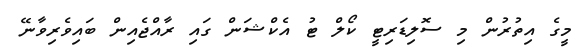
މީގެ އިތުރުން މި ސޮލިޑަރިޓީ ކޯލް ޓު އެކްޝަން ގައި ރާއްޖެއިން ބައިވެރިވާނޭ